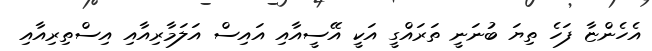
އެހެންޏާ ފަހެ ތިޔަ ބުނަނީ ތަރައްގީ އަކީ އޭސީއާއި އައިސް އަލަމާރިއާއި އިސްތިރިއާއި